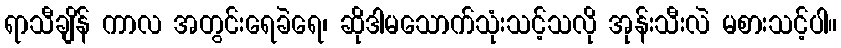
ရာသီချိန် ကာလ အတွင်းရေခဲရေ၊ ဆိုဒါမသောက်သုံးသင့်သလို အုန်းသီးလဲ မစားသင့်ပါ။